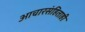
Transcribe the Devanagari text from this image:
आचारसंहिताही